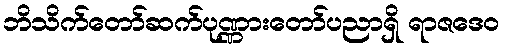
ဘိသိက်တော်ဆက်ပုဏ္ဏားတော်ပညာရှိ ရာဇဒေဝ